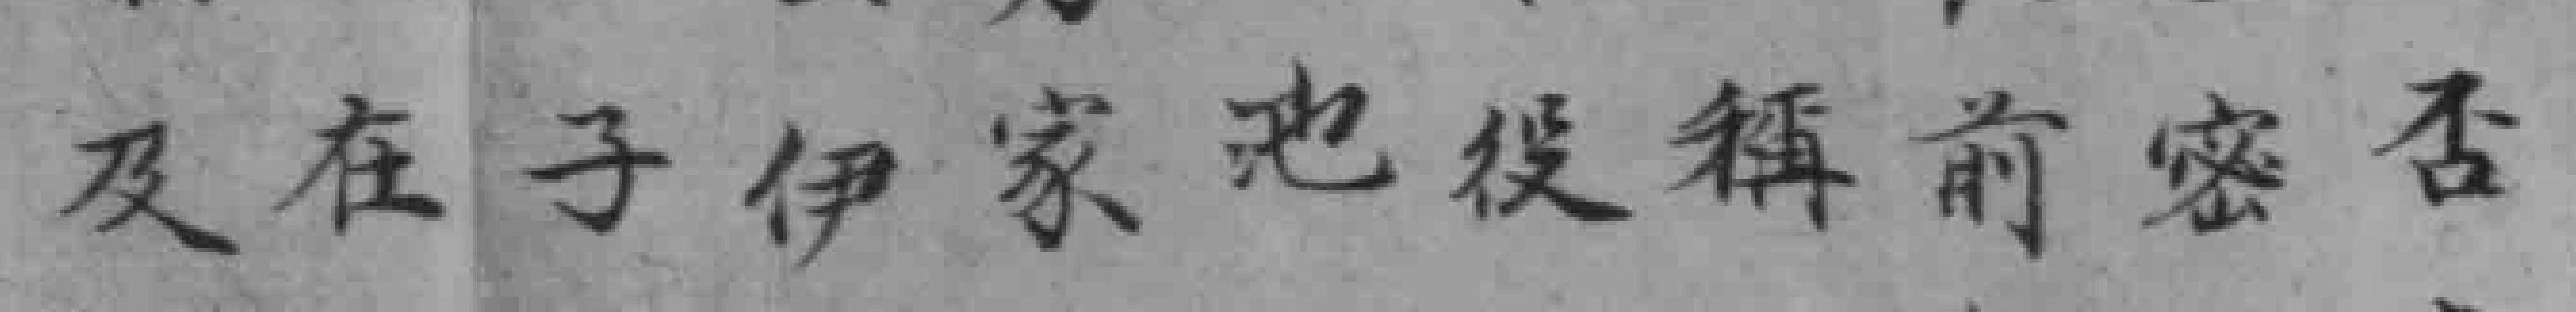
及在子伊家池役稱前密否